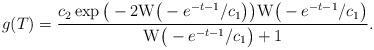
LaTeX: \begin{align*}g(T)=\frac{c_{2}\exp\big(-2{\rm W}\big(-e^{-t-1}/c_{1}\big)\big){\rm W}\big(-e^{-t-1}/c_{1}\big)}{{\rm W}\big(-e^{-t-1}/c_{1}\big)+1}.\end{align*}